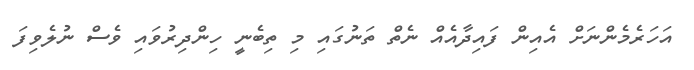
އަހަރެމެންނަށް އެއިން ފައިދާއެއް ނެތް ތަނުގައި މި ތިބެނީ ހިންދިރުވައި ވެސް ނުލެވިފަ